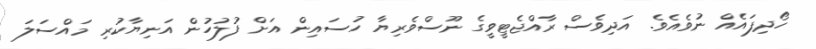
ހޯދިފައެއް ނުވެއެވެ. އަދިވެސް ރާއްޖެޓީވީގެ ނޫސްވެރިޔާ ހުސައިން އަށް ފުލުހުން އަނިޔާކުރި މައްސަލަ